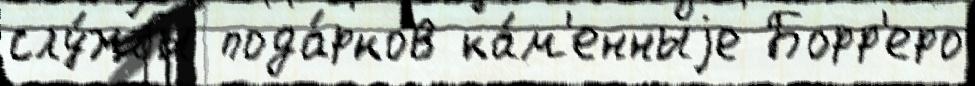
слу́жбы пода́рков ка́м'енныjе Борр'еро